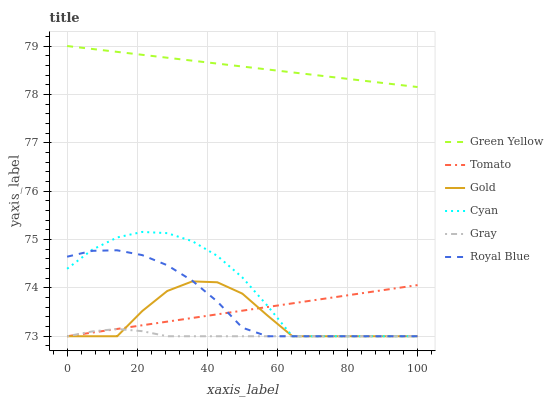
| xaxis_label | Green Yellow | Tomato | Gold | Cyan | Gray | Royal Blue |
 | --- | --- | --- | --- | --- | --- | --- |
 | 0 | 79 | 73 | 73 | 74.4 | 73 | 74.6 |
 | 7.14 | 78.9 | 73.1 | 73 | 74.8 | 73.1 | 74.8 |
 | 14.3 | 78.9 | 73.2 | 73 | 75 | 73.2 | 74.8 |
 | 21.4 | 78.8 | 73.2 | 73.5 | 75.2 | 73.1 | 74.7 |
 | 28.6 | 78.8 | 73.3 | 73.9 | 75.1 | 73 | 74.5 |
 | 35.7 | 78.7 | 73.4 | 74.1 | 75 | 73 | 74.1 |
 | 42.9 | 78.6 | 73.5 | 74.1 | 74.7 | 73 | 73.7 |
 | 50 | 78.6 | 73.5 | 73.9 | 74.2 | 73 | 73.2 |
 | 57.1 | 78.5 | 73.6 | 73.4 | 73.6 | 73 | 73 |
 | 64.3 | 78.5 | 73.7 | 73 | 73 | 73 | 73 |
 | 71.4 | 78.4 | 73.8 | 73 | 73 | 73 | 73 |
 | 78.6 | 78.3 | 73.8 | 73 | 73 | 73 | 73 |
 | 85.7 | 78.3 | 73.9 | 73 | 73 | 73 | 73 |
 | 92.9 | 78.2 | 74 | 73 | 73 | 73 | 73 |
 | 100 | 78.2 | 74.1 | 73 | 73 | 73 | 73 |